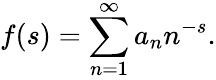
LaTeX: f(s)=\sum_{n=1}^{\infty}a_{n}n^{-s}.